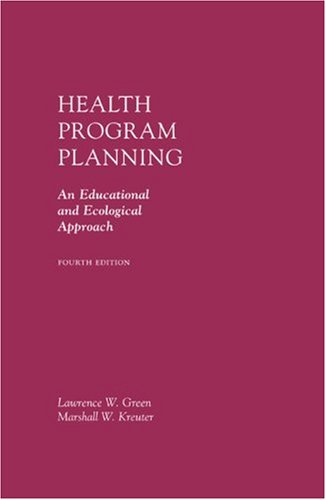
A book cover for Health Program Planning: An Educational and Ecological Approach; Lawrence Green; Medical Books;